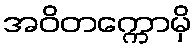
အဝိတက္ကောမှိ